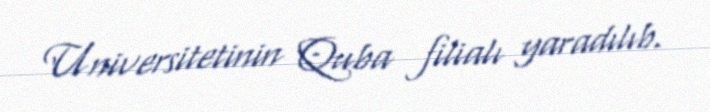
Universitetinin Quba filialı yaradılıb.